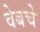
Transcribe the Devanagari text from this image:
वेबचे